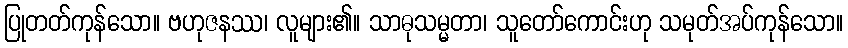
ပြုတတ်ကုန်သော။ ဗဟုဇနဿ၊ လူများ၏။ သာဓုသမ္မတာ၊ သူတော်ကောင်းဟု သမုတ်အပ်ကုန်သော။